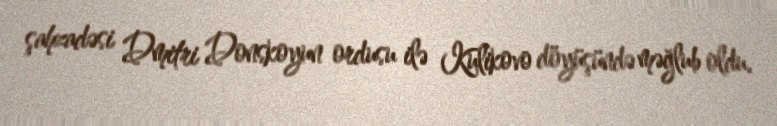
şahzadəsi Dmitri Donskoyun ordusu ilə Kulikovo döyüşündə məğlub oldu.